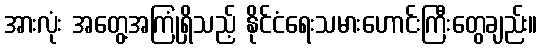
အားလုံး အတွေ့အကြုံရှိသည့် နိုင်ငံရေးသမားဟောင်းကြီးတွေချည်း။